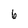
Character: 6